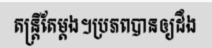
តន្ត្រីតែម្តង។ប្រភពបានឲ្យដឹង